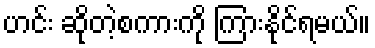
ဟင်း ဆိုတဲ့စကားကို ကြားနိုင်ရမယ်။